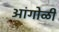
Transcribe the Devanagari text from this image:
आंगोळी